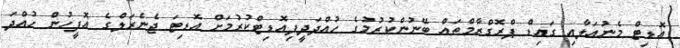
އޮޑިޓް މެނުއަލާއި ގައިޑް ޕްރޮގްރާމްތައް ބޭނުންކުރުމުގެ ހުއްދަދީފިއޮޑިޓްކުރުމަށް އޮޑިޓަ ޖެނެރަލްގެ އޮފީހުން ހުއްދަ